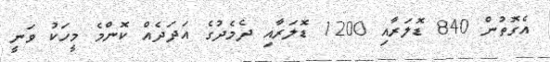
އެގޮތުން 840 ޑޮލަރާއި 1200 ޑޮލަރާއި ދެމެދުގެ އަދަދެއް ކޮންމެ މީހަކު ވަނީ